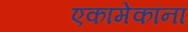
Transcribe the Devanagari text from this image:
एकामेकांना